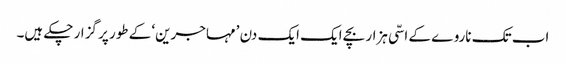
اب تک ناروے کے اسّی ہزار بچے ایک ایک دن ’مہاجرین‘ کے طور پر گزار چکے ہیں۔